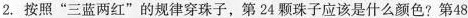
2. 按照“三蓝两红”的规律穿珠子，第24颗珠子应该是什么颜色?第48